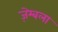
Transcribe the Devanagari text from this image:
ज़ेम्बला